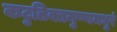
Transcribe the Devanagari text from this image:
कटुतिक्तमुष्णमधुरं